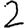
Digit: 2